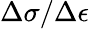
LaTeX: \Delta\sigma/\Delta\epsilon